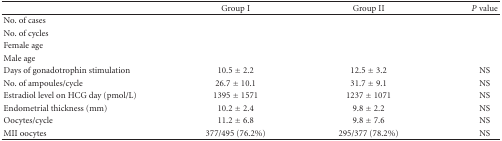
|  | Group I | Group II | P value |
 | --- | --- | --- | --- |
 | No. of cases |  |  |  |
 | No. of cycles |  |  |  |
 | Female age |  |  |  |
 | Male age |  |  |  |
 | Days of gonadotrophin stimulation | 10.5 ± 2.2 | 12.5 ± 3.2 | NS |
 | No. of ampoules/cycle | 26.7 ± 10.1 | 31.7 ± 9.1 | NS |
 | Estradiol level on HCG day (pmol/L) | 1395 ± 1571 | 1237 ± 1071 | NS |
 | Endometrial thickness (mm) | 10.2 ± 2.4 | 9.8 ± 2.2 | NS |
 | Oocytes/cycle | 11.2 ± 6.8 | 9.8 ± 7.6 | NS |
 | MII oocytes | 377/495 (76.2%) | 295/377 (78.2%) | NS |